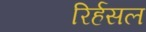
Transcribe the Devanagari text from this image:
रिर्हसल